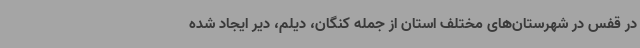
در قفس در شهرستان‌های مختلف استان از جمله کنگان، دیلم، دیر ایجاد شده